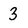
Character: 3